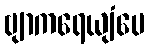
ဗျာကရေယျံပေ